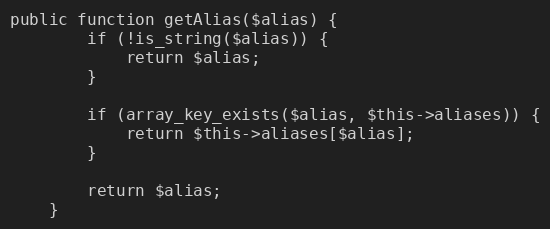
Language: PHP
public function getAlias($alias) {
		if (!is_string($alias)) {
			return $alias;
		}

		if (array_key_exists($alias, $this->aliases)) {
			return $this->aliases[$alias];
		}

		return $alias;
	}